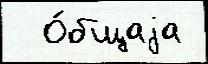
  О́бщаjа